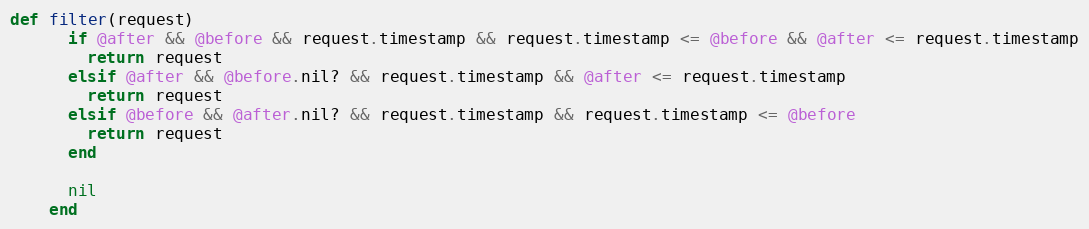
Language: Ruby
def filter(request)
      if @after && @before && request.timestamp && request.timestamp <= @before && @after <= request.timestamp
        return request
      elsif @after && @before.nil? && request.timestamp && @after <= request.timestamp
        return request
      elsif @before && @after.nil? && request.timestamp && request.timestamp <= @before
        return request
      end

      nil
    end